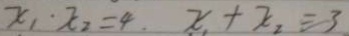
x _ { 1 } \cdot x _ { 2 } = 4 \cdot x _ { 2 } + x _ { 2 } = 3